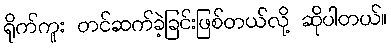
ရိုက်ကူး တင်ဆက်ခဲ့ခြင်းဖြစ်တယ်လို့ ဆိုပါတယ်။